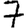
Digit: 7